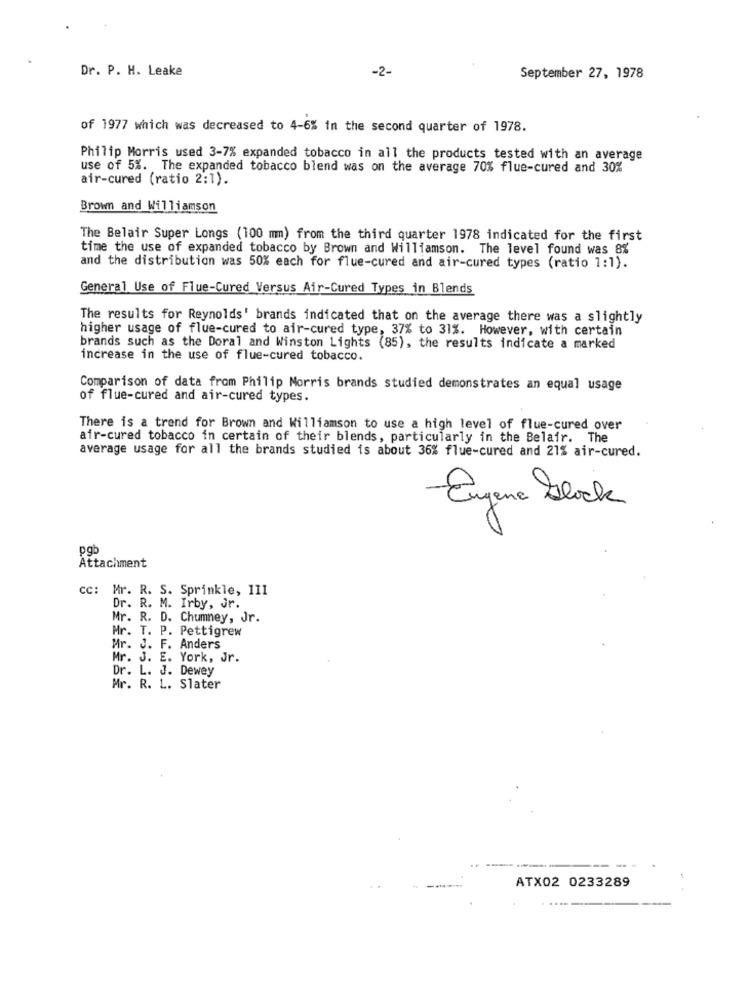
Dr. P. H. Leake
-2-
September 27, 1978
of 1977 which was decreased to 4-6% in the second quarter of 1978.
Philip Morris used 3-7% expanded tobacco in all the products tested with an average
use of 5%. The expanded tobacco blend was on the average 70% flue-cured and 30%
air-cured (ratio 2:1).
Brown and Williamson
The Belair Super Longs (100 mm) from the third quarter 1978 indicated for the first
time the use of expanded tobacco by Brown and Williamson. The level found was 8%
and the distribution was 50% each for flue-cured and air-cured types (ratio 1:1).
General Use of Flue-Cured Versus Air-Cured Types in Blends
The results for Reynolds' brands indicated that on the average there was a slightly
higher usage of flue-cured to air-cured type, 37% to 31%. However, with certain
brands such as the Doral and Winston Lights (85), the results indicate a marked
increase in the use of flue-cured tobacco.
Comparison of data from Philip Morris brands studied demonstrates an equal usage
of flue-cured and air-cured types.
There is a trend for Brown and Williamson to use a high level of flue-cured over
air-cured tobacco in certain of their blends, particularly in the Belair. The
average usage for all the brands studied is about 36% flue-cured and 21% air-cured.
Eugene block
pgb
Attachment
cc: Mr. R. S. Sprinkle, 111
Dr. R. M. Irby, Jr.
Mr. R. D. Chumney, Jr.
Mr. T. P. Pettigrew
Mr. J. F. Anders
Mr. J. E. York, Jr.
Dr. L. J. Dewey
Mr. R. L. Slater
ATX02 0233289
.....